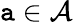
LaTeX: \mathtt{a}\in{\mathcal{{A}}}